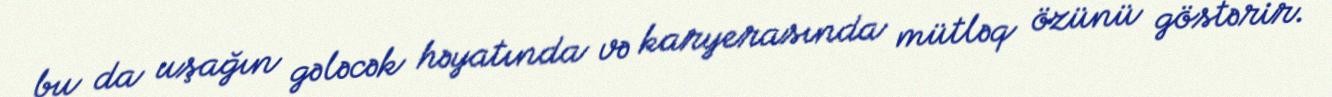
bu da uşağın gələcək həyatında və karyerasında mütləq özünü göstərir.